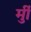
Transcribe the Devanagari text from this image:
र्मुी